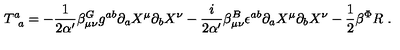
T _ { \phantom { a } a } ^ { a } = - { \frac { 1 } { 2 \alpha ^ { \prime } } } \beta _ { \mu \nu } ^ { G } g ^ { a b } \partial _ { a } X ^ { \mu } \partial _ { b } X ^ { \nu } - { \frac { i } { 2 \alpha ^ { \prime } } } \beta _ { \mu \nu } ^ { B } \epsilon ^ { a b } \partial _ { a } X ^ { \mu } \partial _ { b } X ^ { \nu } - { \frac { 1 } { 2 } } \beta ^ { \Phi } R \ .